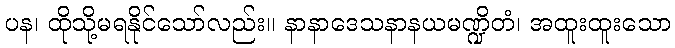
ပန၊ ထိုသို့မရနိုင်သော်လည်း။ နာနာဒေသနာနယမဏ္ဍိတံ၊ အထူးထူးသော